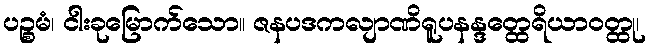
ပဉ္စမံ၊ ငါးခုမြောက်သော။ ဇနပဒကလျာဏိရူပနန္ဒတ္ထေရိယာဝတ္ထု၊